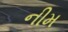
નીમ